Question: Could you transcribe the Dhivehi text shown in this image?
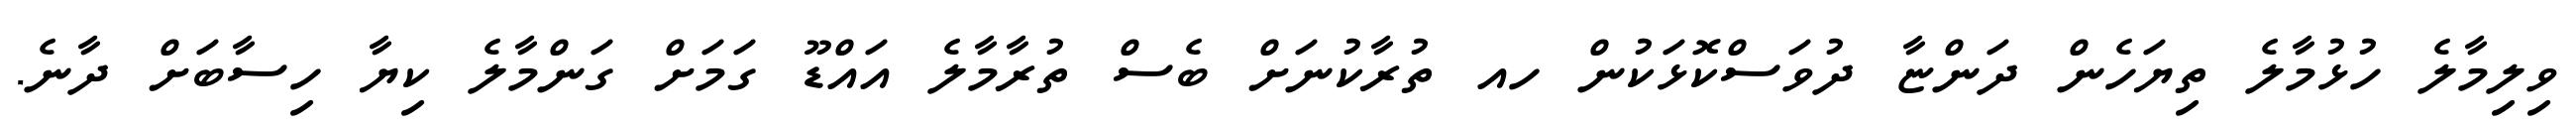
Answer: ވިލިމާލެ ހުޅުމާލެ ތިޔަހެން ދަންޏާ ދުވަސްކޮޅަކުން ހއ ތުރާކުނަށް ބެސް ތުރާމާލެ އައްޑޫ ގަމަށް ގަންމާލެ ކިޔާ ހިސާބަށް ދާނެ.